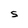
Character: S